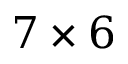
7 \times 6